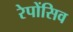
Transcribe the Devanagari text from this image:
रेपोंसिव